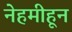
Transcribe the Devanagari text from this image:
नेहमीहून